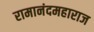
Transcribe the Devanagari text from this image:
रामानंदमहाराज